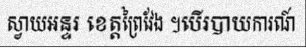
ស្វាយអន្ទរ ខេត្តព្រៃវែង ។បើរបាយការណ៍